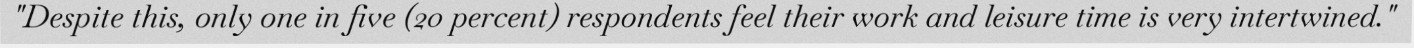
"Despite this, only one in five (20 percent) respondents feel their work and leisure time is very intertwined."